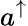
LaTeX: a^{\uparrow}